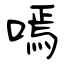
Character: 嘕